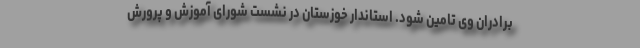
برادران وی تامین شود. استاندار خوزستان در نشست شورای آموزش و پرورش